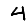
Digit: 4